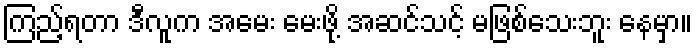
ကြည့်ရတာ ဒီလူက အမေး မေးဖို့ အဆင်သင့် မဖြစ်သေးဘူး နေမှာ။